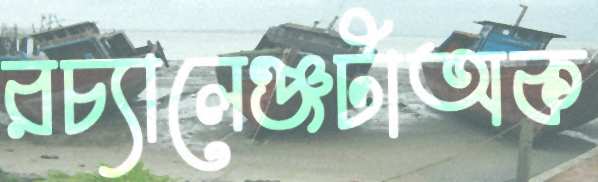
রচ্যালেঞ্জটাঅক